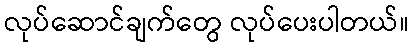
လုပ်ဆောင်ချက်တွေ လုပ်ပေးပါတယ်။